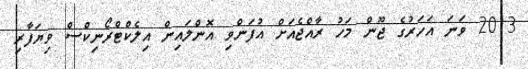
2013 ވަނަ އަހަރުގެ ޖޫން މަހު ރާއްޖެއަށް އުފަންވި އޮންލައިން އިލެކްޓްރޯނިކްސް ވިޔަފާރި